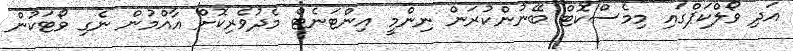
އަދި ވޯލްކަޕްގައި މިމެސްކޮޓް ބޭނުންކުރަން ނިންމީ އިންޓަނެޓް މެދުވެރިކޮށް އާއްމުން ނެގި ވޯޓަކުން